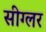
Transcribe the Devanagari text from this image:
सीग्लर